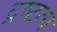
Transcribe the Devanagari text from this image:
द्रष्‍टव्‍य